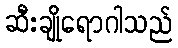
ဆီးချိုရောဂါသည်